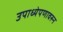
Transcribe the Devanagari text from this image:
उपाध्येपणावरुन